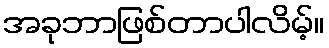
အခုဘာဖြစ်တာပါလိမ့်။